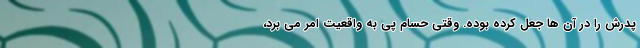
پدرش را در آن ها جعل کرده بوده. وقتي حسام پي به واقعيت امر مي برد،